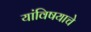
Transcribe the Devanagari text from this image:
यांविषयाचे